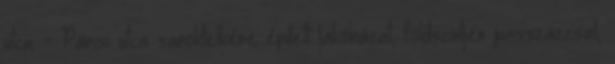
utca - Párisi utca saroktelkére épített lakóházat, földszintjén passzázzsal,